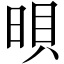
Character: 𣇜